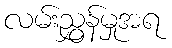
လမ်းညွှန်မှုအရ